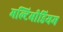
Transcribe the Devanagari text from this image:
मल्टिमीडियम